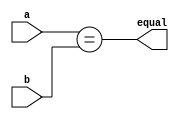
module comparator #(parameter N = 8)
		(input [N-1:0] a,b,
		 output equal);

assign equal = (a == b);

endmodule